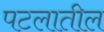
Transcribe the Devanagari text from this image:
पटलातील